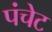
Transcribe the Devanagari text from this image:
पंचेट